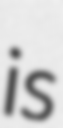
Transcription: is